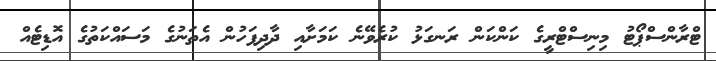
ޓްރާންސްޕޯޓު މިނިސްޓްރީގެ ކަންކަން ރަނގަޅު ކުރެވޭނެ ކަމަށާއި ދާދިފަހުން އެތަނުގެ މަސައްކަތުގެ އޮޑިޓެއް